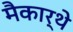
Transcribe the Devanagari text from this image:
मैकार्थे